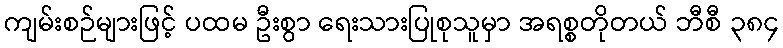
ကျမ်းစဉ်များဖြင့် ပထမ ဦးစွာ ရေးသားပြုစုသူမှာ အရစ္စတိုတယ် ဘီစီ ၃၈၄